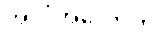
အလုံအလောက်